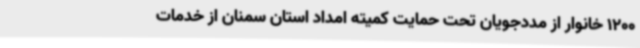
1200 خانوار از مددجویان تحت حمایت کمیته امداد استان سمنان از خدمات